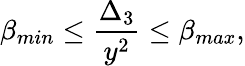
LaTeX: \beta_{min}\leq{\frac{\Delta_{3}}{y^{2}}}\leq\beta_{max},